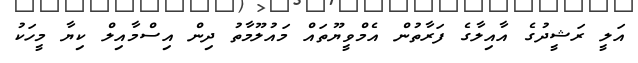
އަލީ ރަޝީދުގެ އާއިލާގެ ފަރާތުން އެމްވީޔޫތައް މައުލޫމާތު ދިން އިސްމާއިލް ކިޔާ މީހަކު